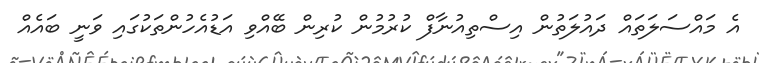
އެ މައްސަލަތައް ދައުލަތުން އިސްތިއުނާފް ކުރުމުން ކުރިން ބޭއްވި އަޑުއެހުންތަކުގައި ވަނީ ބައެއް